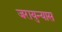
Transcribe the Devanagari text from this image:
जरायुन्यास